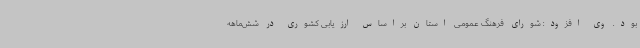
بود. وی افزود: شورای فرهنگ عمومی استان براساس ارزیابی کشوری در شش‌ماهه